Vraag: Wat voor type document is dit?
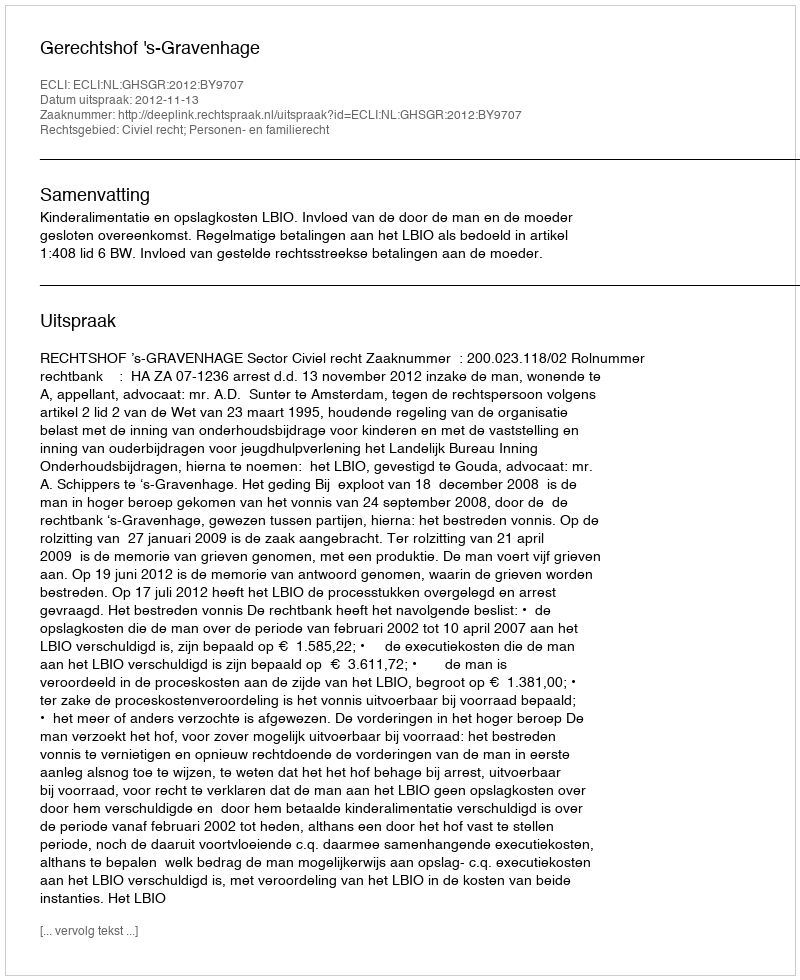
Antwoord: Uitspraak